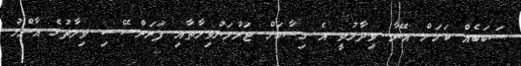
ސަބަބެއް ކަމަށް އޭނާ ވިދާޅުވީ އެ ހިސާބަށް ޖަރުމަނުވިލާތާއި ފަރަންސޭސި ވިލާތުގެ އާންމު